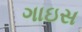
ગાઇસ